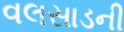
વલસાડની